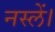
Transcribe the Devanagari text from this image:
नस्लें।